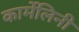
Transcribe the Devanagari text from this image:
कार्मेलिनी